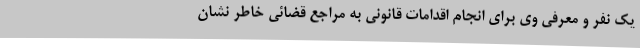
یک نفر و معرفی وی برای انجام اقدامات قانونی به مراجع قضائی خاطر نشان